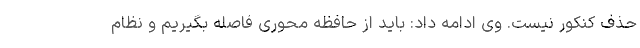
حذف کنکور نیست. وی ادامه داد: باید از حافظه محوری فاصله بگیریم و نظام